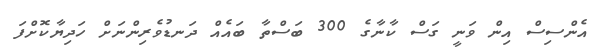
އެންސިސް އިން ވަނީ ގަސް ކާނާގެ 300 ބަސްތާ ބައެއް ދަނޑުވެރިންނަށް ހަދިޔާކޮށްފަ